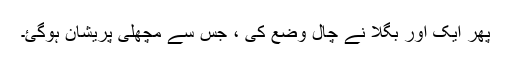
پھر ایک اور بگلا نے چال وضع کی ، جس سے مچھلی پریشان ہوگئ۔